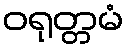
ဝရုတ္တမံ